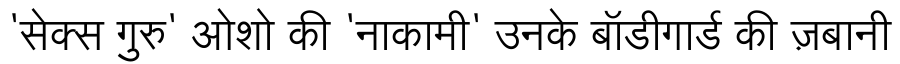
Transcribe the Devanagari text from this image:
'सेक्स गुरु' ओशो की 'नाकामी' उनके बॉडीगार्ड की ज़बानी